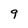
Character: 9